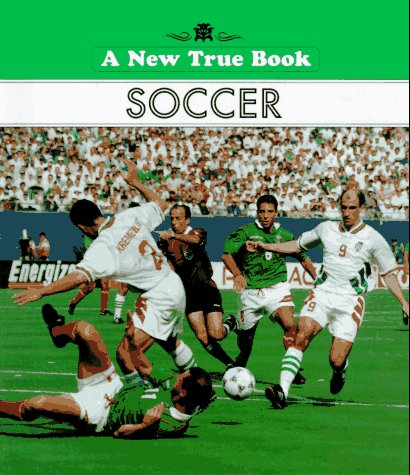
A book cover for Soccer (New True Book); Bert Rosenthal; Children's Books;